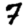
Digit: 7